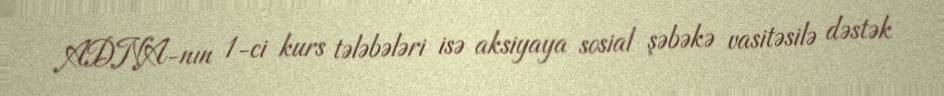
ADNA-nın 1-ci kurs tələbələri isə aksiyaya sosial şəbəkə vasitəsilə dəstək